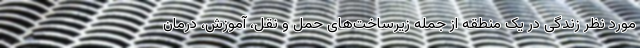
مورد نظر زندگی در یک منطقه از جمله زیرساخت‌های حمل و نقل، آموزش، درمان